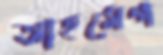
আহমেগ